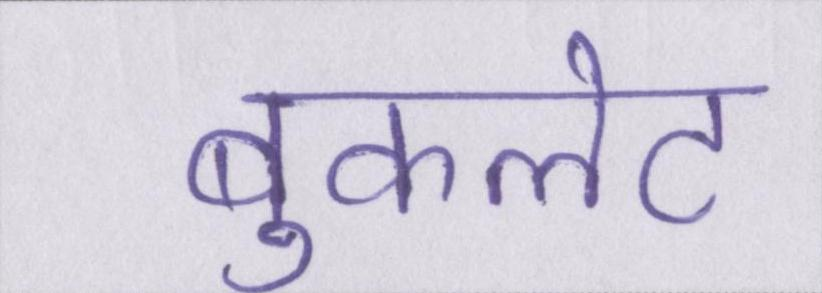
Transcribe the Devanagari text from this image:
बुकलेट